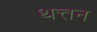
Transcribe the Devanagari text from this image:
थत्तन